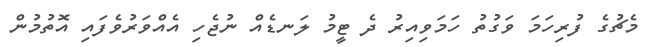
މެޗުގެ ފުރިހަމަ ވަގުތު ހަމަވިއިރު ދެ ޓީމު ލަނޑެއް ނުޖެހި އެއްވަރުވެފައި އޮތުމުން